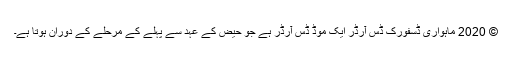
© 2020 ماہواری ڈسفورک ڈس آرڈر ایک موڈ ڈس آرڈر ہے جو حیض کے عہد سے پہلے کے مرحلے کے دوران ہوتا ہے۔